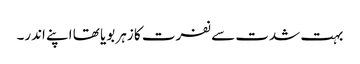
بہت شدت سے نفرت کا زہر بویا تھا اپنے اندر۔